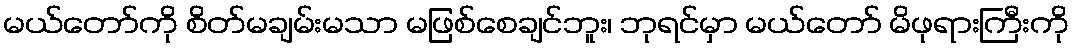
မယ်တော်ကို စိတ်မချမ်းမသာ မဖြစ်စေချင်ဘူး၊ ဘုရင်မှာ မယ်တော် မိဖုရားကြီးကို